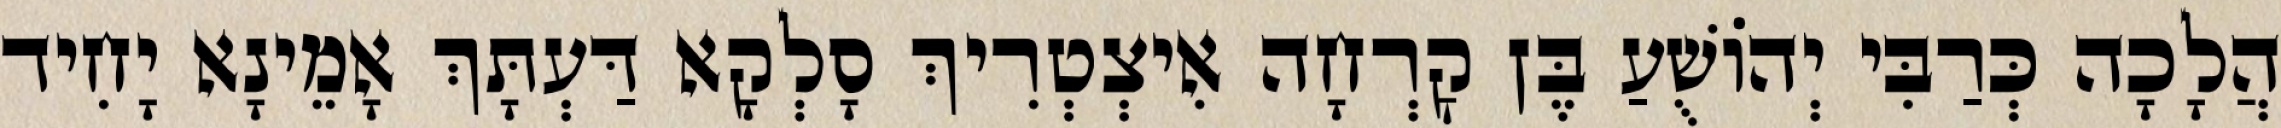
הֲלָכָה כְּרַבִּי יְהוֹשֻׁעַ בֶּן קׇרְחָה אִיצְטְרִיךְ סָלְקָא דַּעְתָּךְ אָמֵינָא יָחִיד